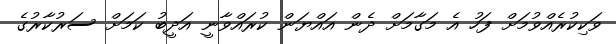
ވަކިކުރެއްވުމަށް ފަހު އެ މަގާމަށް ދެން އައްޔަން ކުރައްވާނީ އަދީބު ކަމަށް ސަރުކާރުގެ